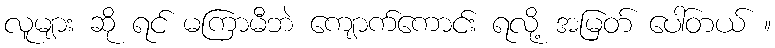
လူများ ဆို ရင် မကြာမီဘဲ ကျောက်ကောင်း ရလို့ အမြတ် ပေါ်တယ် ။